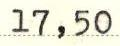
17,50